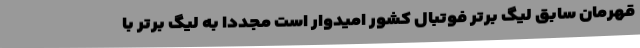
قهرمان سابق لیگ برتر فوتبال کشور امیدوار است مجددا به لیگ برتر با